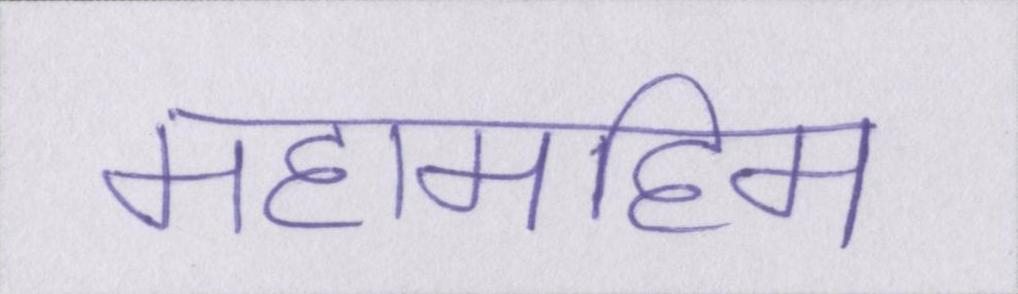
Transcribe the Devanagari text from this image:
महामहिम